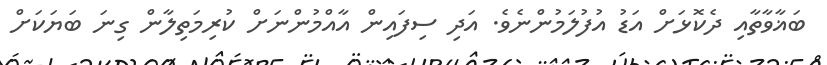
ބަޣާވާތާއި ދެކޮޅަށް އަޑު އުފުލަމުންނެވެ. އަދި ސިފައިން އާއްމުންނަށް ކުރިމަތިލާން ގިނަ ބަޔަކަށް